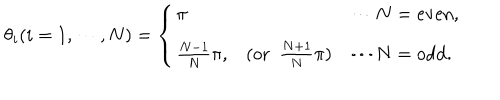
\theta _ { i } ( i = 1 , \cdots , N ) = \left\{ \begin{array} { l c l } { { \pi } } & { { } } & { { \cdots N = \mathrm { e v e n } , } } \\ { { { \frac { N - 1 } { N } } \pi , } } & { { ( \mathrm { o r } ~ ~ { \frac { N + 1 } { N } } \pi ) } } & { { \cdots N = \mathrm { o d d } . } } \\ \end{array} \right.